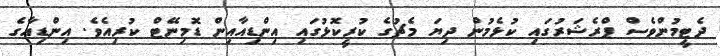
ދެޓީމުންވެސް ޕްރެޝަރުގައި ކުޅެމުން ދިޔަ މެޗުގެ ކުރީކޮޅުގައި އިންޑިއާއިން ޑޮމިނޭޓް ކުރިއެވެ. އިންޑިއާގެ